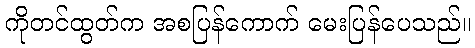
ကိုတင်ထွတ်က အစပြန်ကောက် မေးပြန်ပေသည်။